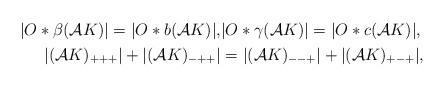
LaTeX: \begin{align*}\begin{aligned}|O*\beta(\mathcal{A}K)| = |O*b(\mathcal{A}K)|, &|O*\gamma(\mathcal{A}K)| = |O*c(\mathcal{A}K)|, \\|(\mathcal{A}K)_{+++}|+|(\mathcal{A}K)_{-++}| &= |(\mathcal{A}K)_{--+}|+|(\mathcal{A}K)_{+-+}|,\end{aligned}\end{align*}